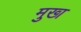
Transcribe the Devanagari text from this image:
मुख्‍ा